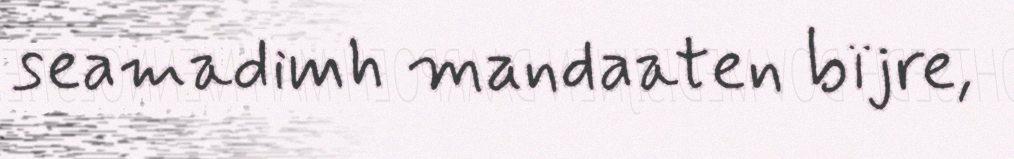
seamadimh mandaaten bïjre,